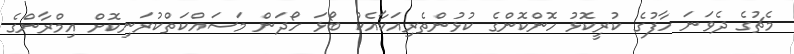
މެޗުގެ ދެވަނަ ހާފުގެ ކުރީކޮޅު ހޮންކޮންގެ ކުޅުންތެރިއަކާއެކު ބޯޅަ ހޯދަން މަސައްކަތްކުރަނިކޮށް އިމްރާންގެ